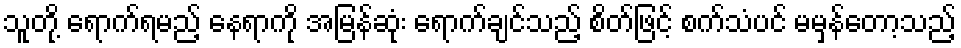
သူတို့ ရောက်ရမည့် နေရာကို အမြန်ဆုံး ရောက်ချင်သည့် စိတ်ဖြင့် စက်သံပင် မမှန်တော့သည့်